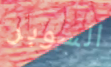
السوبر